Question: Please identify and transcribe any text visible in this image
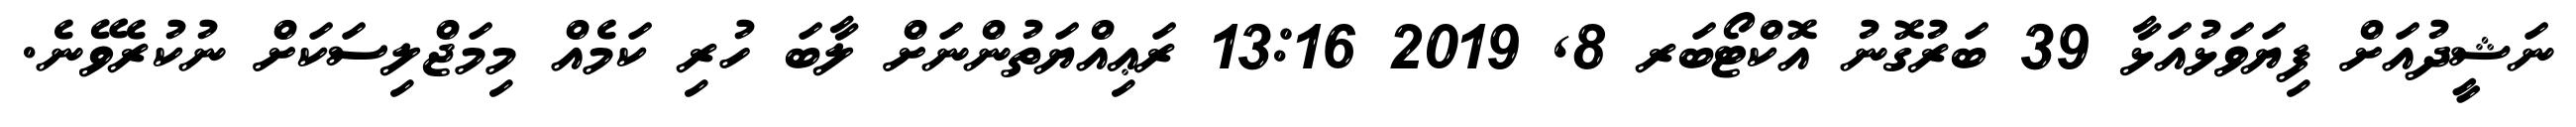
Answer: ނަޝީދުއަށް ފިޔަވަޅުއަޅާ 39 ބަރުގޮނު އޮކްޓޯބަރ 8, 2019 13:16 ރަޢިއްޔަތުންނަށް ލާބަ ހުރި ކަމެއް މިމަޖްލިސަކަށް ނުކުރެވޭނެ.